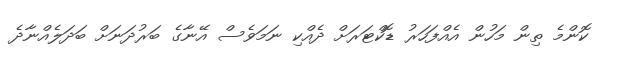
ކޮންމެ ތިން މަހުން އެއްފަހަރު ޑޮކްޓަރަށް ދެއްކި ނަމަވެސް އޭނާގެ ބަރުދަނަށް ބަދަލެއްނާދެ